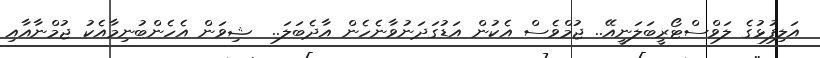
އަލިފުޅުގެ ލަވްސްޓޯރީބަލަނީއޭ.. ޖުމްވެސް އެކުން އަޑުގަދަނުވާނެހެން އާދެބަލަ..  ޝިވަން އެހެންބުނިމާއެކު ޖުމްނާއާއި